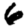
Digit: 6